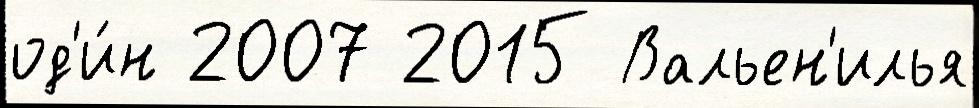
од'и́н 2007 2015 Вальен'илья